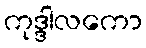
ကုဒ္ဒါလကော